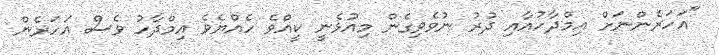
"އަހަރެންނަށް އިމްދާހުއާއި ދުރު ނުވެވިގެން މިއުޅެނީ ކީއްވެ ހެއްޔެވެ އިމްދާހު ވެސް އަހަރެން